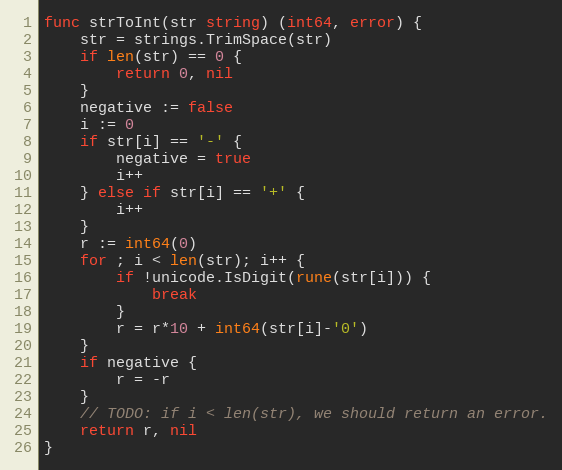
Language: Go
func strToInt(str string) (int64, error) {
	str = strings.TrimSpace(str)
	if len(str) == 0 {
		return 0, nil
	}
	negative := false
	i := 0
	if str[i] == '-' {
		negative = true
		i++
	} else if str[i] == '+' {
		i++
	}
	r := int64(0)
	for ; i < len(str); i++ {
		if !unicode.IsDigit(rune(str[i])) {
			break
		}
		r = r*10 + int64(str[i]-'0')
	}
	if negative {
		r = -r
	}
	// TODO: if i < len(str), we should return an error.
	return r, nil
}